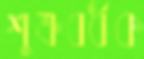
শুক্রবর্ধক